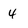
Character: 4